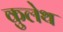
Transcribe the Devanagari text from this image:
कुलेथ